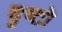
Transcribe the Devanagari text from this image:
दृष्टो